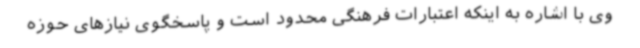
وی با اشاره به اینکه اعتبارات فرهنگی محدود است و پاسخگوی نیازهای حوزه